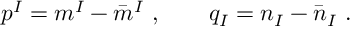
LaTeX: p ^ { I } = m ^ { I } - \bar { m } ^ { I } \ , \qquad q _ { I } = n _ { I } - \bar { n } _ { I } \ .